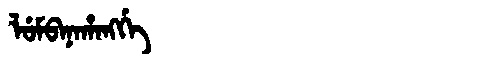
Manchu: ᠯᡠᠮᠪᠠᠨᠠᡥᠠᠩᡤᡝ
Romanization: LUMBANAHANGGE